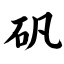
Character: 矾